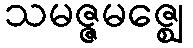
သမဇ္ဇမဇ္ဈေ